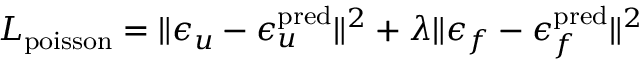
L _ { \mathrm { p o i s s o n } } = \lVert \epsilon _ { u } - \epsilon _ { u } ^ { \mathrm { p r e d } } \rVert ^ { 2 } + \lambda \lVert \epsilon _ { f } - \epsilon _ { f } ^ { \mathrm { p r e d } } \rVert ^ { 2 }